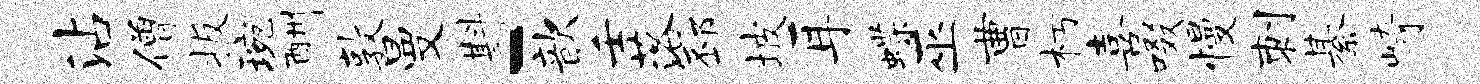
沾僧扳琬酬敦曼斟-歆壬落邳坡耳蝶巫曹朽喜啜慢刺綦崎